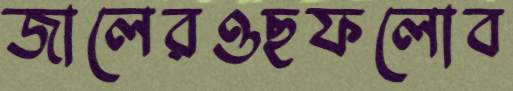
জালেরওছফলোব